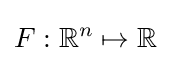
F:\mathbb {R} ^{n}\mapsto \mathbb {R}